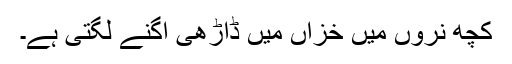
کچھ نروں میں خزاں میں ڈاڑھی اگنے لگتی ہے۔